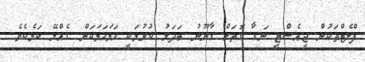
ފްލެޓްތަކުން ޖީއެސްޓީ ނަގާ ގޮތަށް ގާނޫނު ބަދަލު ކުރުމަކީ ހަމަހަމަކަން ގެއްލޭ ކަމެކެވެ.